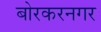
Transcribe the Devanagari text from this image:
बोरकरनगर